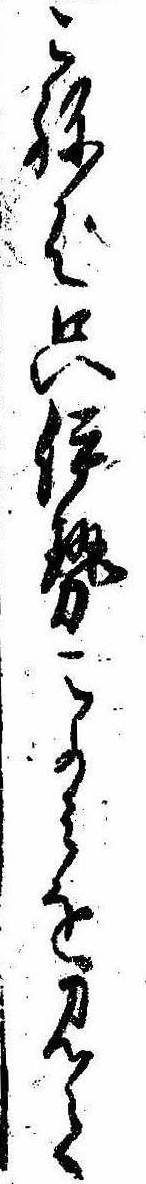
こねば只伊勢こよみを見て